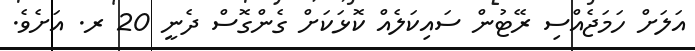
އަލަށް ހަމަޖެއްސި ރޭޓުން ސައިކަލެއް ކޮޅަކަށް ގެންގޮސް ދެނީ 20 ރ. އަށެވެ.